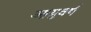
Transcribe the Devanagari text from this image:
आयुवर्ष